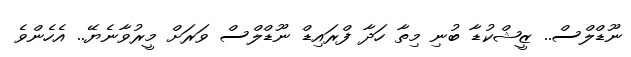
ނޫޑްލްސް.. ޒީޝްކުޑާ ބުނި މިތާ ހަދާ ފްރައިޑް ނޫޑްލްސް ވަރަށް މީރުވާނެޔޭ.. އެހެންވެ